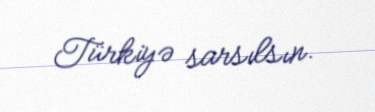
Türkiyə sarsılsın.